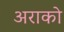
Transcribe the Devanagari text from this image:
अराको